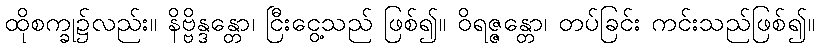
ထိုစက္ခု၌လည်း။ နိဗ္ဗိန္ဒန္တော၊ ငြီးငွေ့သည် ဖြစ်၍။ ဝိရဇ္ဇန္တော၊ တပ်ခြင်း ကင်းသည်ဖြစ်၍။